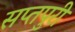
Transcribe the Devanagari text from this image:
सप्तपुरी